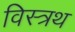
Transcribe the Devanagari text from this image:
विस्त्रथ